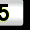
Digit: 5